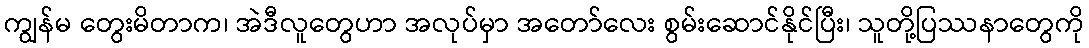
ကျွန်မ တွေးမိတာက၊ အဲဒီလူတွေဟာ အလုပ်မှာ အတော်လေး စွမ်းဆောင်နိုင်ပြီး၊ သူတို့ပြဿနာတွေကို